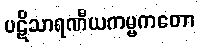
ပဋိသာရဏီယကမ္မကတော